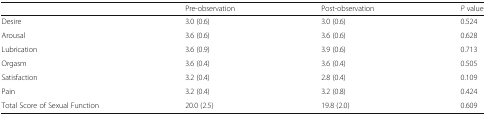
<table><thead><tr><td></td><td><b>Pre-observation</b></td><td><b>Post-observation</b></td><td><b><i>P</i> value</b></td></tr></thead><tbody><tr><td>Desire</td><td>3.0 (0.6)</td><td>3.0 (0.6)</td><td>0.524</td></tr><tr><td>Arousal</td><td>3.6 (0.6)</td><td>3.6 (0.6)</td><td>0.628</td></tr><tr><td>Lubrication</td><td>3.6 (0.9)</td><td>3.9 (0.6)</td><td>0.713</td></tr><tr><td>Orgasm</td><td>3.6 (0.4)</td><td>3.6 (0.4)</td><td>0.505</td></tr><tr><td>Satisfaction</td><td>3.2 (0.4)</td><td>2.8 (0.4)</td><td>0.109</td></tr><tr><td>Pain</td><td>3.2 (0.4)</td><td>3.2 (0.8)</td><td>0.424</td></tr><tr><td>Total Score of Sexual Function</td><td>20.0 (2.5)</td><td>19.8 (2.0)</td><td>0.609</td></tr></tbody></table>